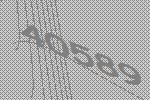
40589